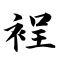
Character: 裎